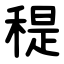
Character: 䅠